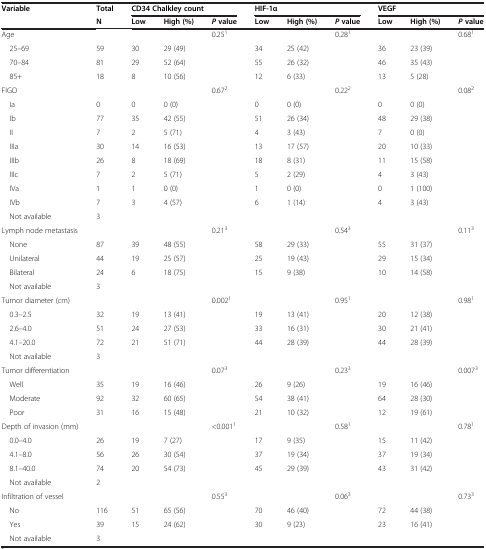
<table><thead><tr><td><b>Variable</b></td><td><b>Total</b></td><td colspan="3"><b>CD34 Chalkley count</b></td><td colspan="3"><b>HIF-1α</b></td><td colspan="3"><b>VEGF</b></td></tr><tr><td><b> </b></td><td><b>N</b></td><td><b>Low</b></td><td><b>High (%)</b></td><td><b><i>P </i>value</b></td><td><b>Low</b></td><td><b>High (%)</b></td><td><b><i>P </i>value</b></td><td><b>Low</b></td><td><b>High (%)</b></td><td><b><i>P </i>value</b></td></tr></thead><tbody><tr><td>Age</td><td> </td><td> </td><td> </td><td>0.25<sup>1</sup></td><td> </td><td> </td><td>0.28<sup>1</sup></td><td> </td><td> </td><td>0.68<sup>1</sup></td></tr><tr><td> 25–69</td><td>59</td><td>30</td><td>29 (49)</td><td> </td><td>34</td><td>25 (42)</td><td> </td><td>36</td><td>23 (39)</td><td> </td></tr><tr><td> 70–84</td><td>81</td><td>29</td><td>52 (64)</td><td> </td><td>55</td><td>26 (32)</td><td> </td><td>46</td><td>35 (43)</td><td> </td></tr><tr><td> 85+</td><td>18</td><td>8</td><td>10 (56)</td><td> </td><td>12</td><td>6 (33)</td><td> </td><td>13</td><td>5 (28)</td><td> </td></tr><tr><td>FIGO</td><td> </td><td> </td><td> </td><td>0.67<sup>2</sup></td><td> </td><td> </td><td>0.22<sup>2</sup></td><td> </td><td> </td><td>0.08<sup>2</sup></td></tr><tr><td> Ia</td><td>0</td><td>0</td><td>0 (0)</td><td> </td><td>0</td><td>0 (0)</td><td> </td><td>0</td><td>0 (0)</td><td> </td></tr><tr><td> Ib</td><td>77</td><td>35</td><td>42 (55)</td><td> </td><td>51</td><td>26 (34)</td><td> </td><td>48</td><td>29 (38)</td><td> </td></tr><tr><td> II</td><td>7</td><td>2</td><td>5 (71)</td><td> </td><td>4</td><td>3 (43)</td><td> </td><td>7</td><td>0 (0)</td><td> </td></tr><tr><td> IIIa</td><td>30</td><td>14</td><td>16 (53)</td><td> </td><td>13</td><td>17 (57)</td><td> </td><td>20</td><td>10 (33)</td><td> </td></tr><tr><td> IIIb</td><td>26</td><td>8</td><td>18 (69)</td><td> </td><td>18</td><td>8 (31)</td><td> </td><td>11</td><td>15 (58)</td><td> </td></tr><tr><td> IIIc</td><td>7</td><td>2</td><td>5 (71)</td><td> </td><td>5</td><td>2 (29)</td><td> </td><td>4</td><td>3 (43)</td><td> </td></tr><tr><td> IVa</td><td>1</td><td>1</td><td>0 (0)</td><td> </td><td>1</td><td>0 (0)</td><td> </td><td>0</td><td>1 (100)</td><td> </td></tr><tr><td> IVb</td><td>7</td><td>3</td><td>4 (57)</td><td> </td><td>6</td><td>1 (14)</td><td> </td><td>4</td><td>3 (43)</td><td> </td></tr><tr><td> Not available</td><td>3</td><td> </td><td> </td><td> </td><td> </td><td> </td><td> </td><td> </td><td> </td><td> </td></tr><tr><td>Lymph node metastasis</td><td> </td><td> </td><td> </td><td>0.21<sup>3</sup></td><td> </td><td> </td><td>0.54<sup>3</sup></td><td> </td><td> </td><td>0.11<sup>3</sup></td></tr><tr><td> None</td><td>87</td><td>39</td><td>48 (55)</td><td> </td><td>58</td><td>29 (33)</td><td> </td><td>55</td><td>31 (37)</td><td> </td></tr><tr><td> Unilateral</td><td>44</td><td>19</td><td>25 (57)</td><td> </td><td>25</td><td>19 (43)</td><td> </td><td>29</td><td>15 (34)</td><td> </td></tr><tr><td> Bilateral</td><td>24</td><td>6</td><td>18 (75)</td><td> </td><td>15</td><td>9 (38)</td><td> </td><td>10</td><td>14 (58)</td><td> </td></tr><tr><td> Not available</td><td>3</td><td> </td><td> </td><td> </td><td> </td><td> </td><td> </td><td> </td><td> </td><td> </td></tr><tr><td>Tumor diameter (cm)</td><td> </td><td> </td><td> </td><td>0.002<sup>1</sup></td><td> </td><td> </td><td>0.95<sup>1</sup></td><td> </td><td> </td><td>0.98<sup>1</sup></td></tr><tr><td> 0.3–2.5</td><td>32</td><td>19</td><td>13 (41)</td><td> </td><td>19</td><td>13 (41)</td><td> </td><td>20</td><td>12 (38)</td><td> </td></tr><tr><td> 2.6–4.0</td><td>51</td><td>24</td><td>27 (53)</td><td> </td><td>33</td><td>16 (31)</td><td> </td><td>30</td><td>21 (41)</td><td> </td></tr><tr><td> 4.1–20.0</td><td>72</td><td>21</td><td>51 (71)</td><td> </td><td>44</td><td>28 (39)</td><td> </td><td>44</td><td>28 (39)</td><td> </td></tr><tr><td> Not available</td><td>3</td><td> </td><td> </td><td> </td><td> </td><td> </td><td> </td><td> </td><td> </td><td> </td></tr><tr><td>Tumor differentiation</td><td> </td><td> </td><td> </td><td>0.07<sup>3</sup></td><td> </td><td> </td><td>0.23<sup>3</sup></td><td> </td><td> </td><td>0.007<sup>3</sup></td></tr><tr><td> Well</td><td>35</td><td>19</td><td>16 (46)</td><td> </td><td>26</td><td>9 (26)</td><td> </td><td>19</td><td>16 (46)</td><td> </td></tr><tr><td> Moderate</td><td>92</td><td>32</td><td>60 (65)</td><td> </td><td>54</td><td>38 (41)</td><td> </td><td>64</td><td>28 (30)</td><td> </td></tr><tr><td> Poor</td><td>31</td><td>16</td><td>15 (48)</td><td> </td><td>21</td><td>10 (32)</td><td> </td><td>12</td><td>19 (61)</td><td> </td></tr><tr><td>Depth of invasion (mm)</td><td> </td><td> </td><td> </td><td>&lt;0.001<sup>1</sup></td><td> </td><td> </td><td>0.58<sup>1</sup></td><td> </td><td> </td><td>0.78<sup>1</sup></td></tr><tr><td> 0.0–4.0</td><td>26</td><td>19</td><td>7 (27)</td><td> </td><td>17</td><td>9 (35)</td><td> </td><td>15</td><td>11 (42)</td><td> </td></tr><tr><td> 4.1–8.0</td><td>56</td><td>26</td><td>30 (54)</td><td> </td><td>37</td><td>19 (34)</td><td> </td><td>37</td><td>19 (34)</td><td> </td></tr><tr><td> 8.1–40.0</td><td>74</td><td>20</td><td>54 (73)</td><td> </td><td>45</td><td>29 (39)</td><td> </td><td>43</td><td>31 (42)</td><td> </td></tr><tr><td> Not available</td><td>2</td><td> </td><td> </td><td> </td><td> </td><td> </td><td> </td><td> </td><td> </td><td> </td></tr><tr><td>Infiltration of vessel</td><td> </td><td> </td><td> </td><td>0.55<sup>3</sup></td><td> </td><td> </td><td>0.06<sup>3</sup></td><td> </td><td> </td><td>0.73<sup>3</sup></td></tr><tr><td> No</td><td>116</td><td>51</td><td>65 (56)</td><td> </td><td>70</td><td>46 (40)</td><td> </td><td>72</td><td>44 (38)</td><td> </td></tr><tr><td> Yes</td><td>39</td><td>15</td><td>24 (62)</td><td> </td><td>30</td><td>9 (23)</td><td> </td><td>23</td><td>16 (41)</td><td> </td></tr><tr><td> Not available</td><td>3</td><td> </td><td> </td><td> </td><td> </td><td> </td><td> </td><td> </td><td> </td><td> </td></tr></tbody></table>